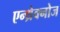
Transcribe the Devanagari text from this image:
एन्थ्रेक्नोज